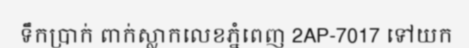
ទឹកប្រាក់ ពាក់ស្លាកលេខភ្នំពេញ 2AP-7017 ទៅយក